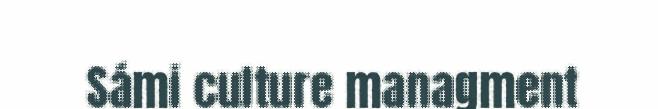
Sámi culture managment